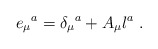
\begin{align*}e_\mu{}^a = \delta_\mu{}^a + A_\mu l^a\ .\end{align*}